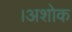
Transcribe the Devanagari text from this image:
।अशोक